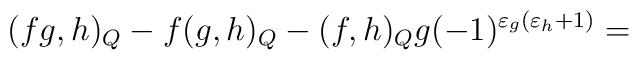
(fg,h)_{Q}-f(g,h)_{Q}-(f,h)_{Q}g(-1)^{\varepsilon_{g}(\varepsilon_{h}+1)}=